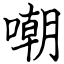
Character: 嘲